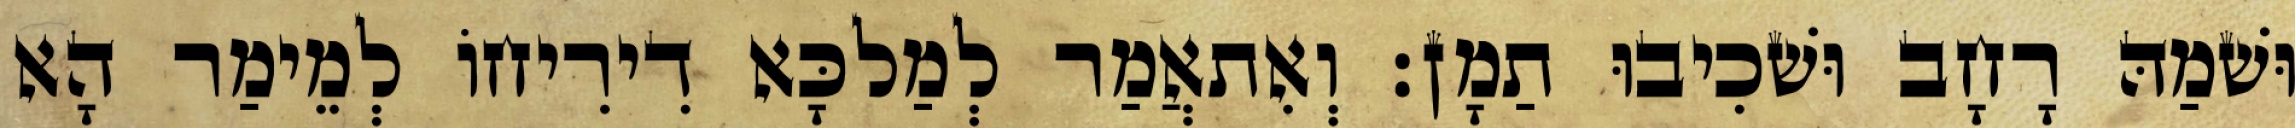
וּשׁמַהּ רָחָב וּשׁכִיבוּ תַמָן׃ וְאִתאֲמַר לְמַלכָּא דִירִיחוֹ לְמֵימַר הָא